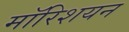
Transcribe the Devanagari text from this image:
मॉरिशयन